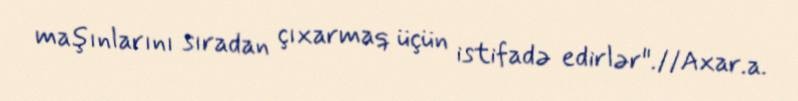
maşınlarını sıradan çıxarmaq üçün istifadə edirlər".//Axar.a.